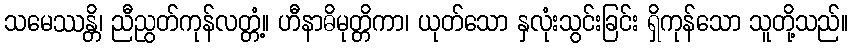
သမေဿန္တိ၊ ညီညွတ်ကုန်လတ္တံ့။ ဟီနာဓိမုတ္တိကာ၊ ယုတ်သော နှလုံးသွင်းခြင်း ရှိကုန်သော သူတို့သည်။